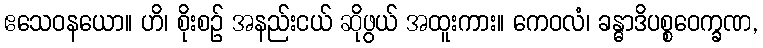
ဧသေဝနယော။ ဟိ၊ စိုးစဉ် အနည်းငယ် ဆိုဖွယ် အထူးကား။ ကေဝလံ၊ ခန္ဓာဒိပစ္စဝေက္ခဏ,